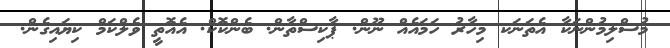
މުސްލިމުންނަކާ އެތަނަކ މިހާރު ހަމައެއް ނޫން. ޕާކިސްތާން. ބެންކޮކް. އެއޮތީ ވެލްކަމް ކިޔައިގެން.